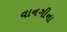
વાનગીના